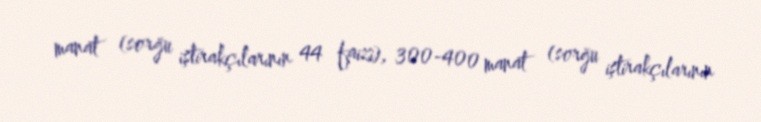
manat (sorğu iştirakçılarının 44 faizi), 300-400 manat (sorğu iştirakçılarının